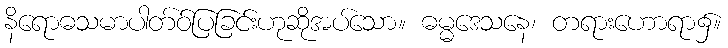
နိရောဓသမာပါတ်ဝ်ပြခြင်းဟုဆိုအပ်သော။ ဓမ္မဒေသနေ၊ တရားဟောရာ၌။